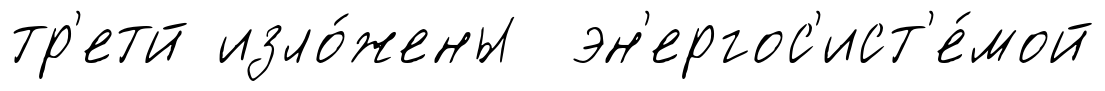
тр'етй изло́жены эн'ергос'ист'е́мой